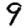
Digit: 9